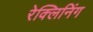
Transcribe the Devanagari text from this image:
रेक्लिनिंग